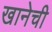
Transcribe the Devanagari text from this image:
खानेची